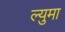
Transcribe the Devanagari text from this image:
ल्युमा